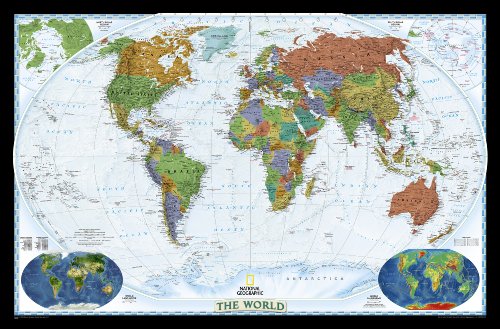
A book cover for World Decorator [Enlarged and Laminated] (National Geographic Reference Map); National Geographic Maps - Reference; Reference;